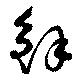
鮮